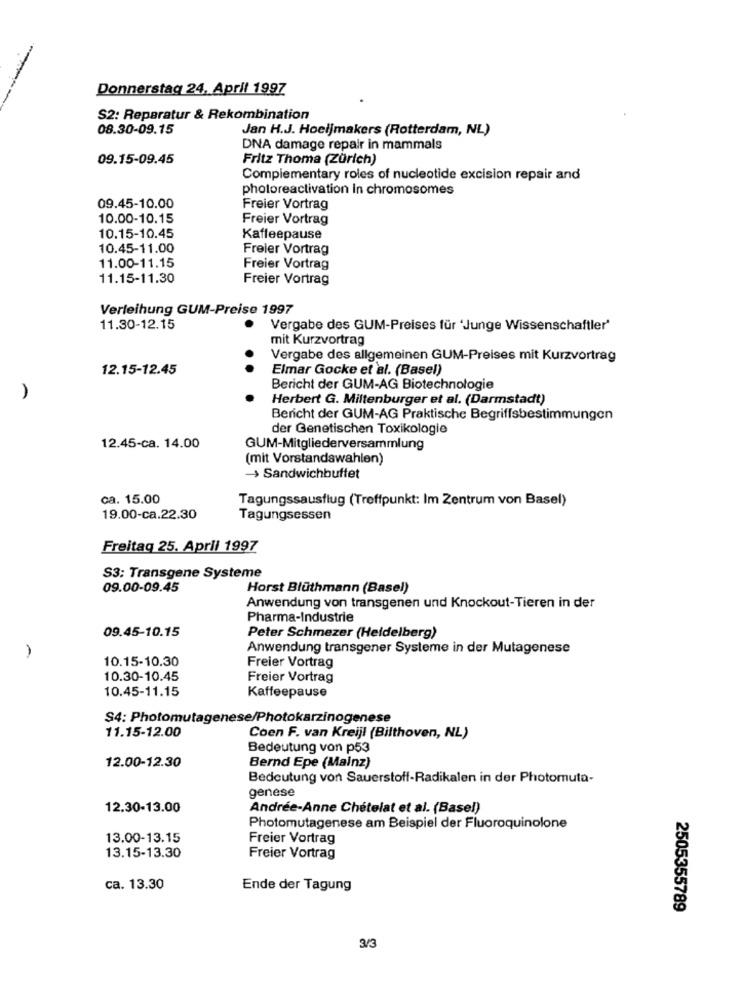
Donnerstag 24, April 1997
S2: Reparatur & Rekombination
08.30-09.15
Jan H.J. Hoeljmakers (Rotterdam, NL)
DNA damage repair in mammals
09.15-09.45
Fritz Thoma (Zürich)
Complementary roles of nucleotide excision repair and
photoreactivation In chromosomes
09.45-10.00
Freier Vortrag
10.00-10.15
Freier Vortrag
10.15-10.45
Kaffeepause
10.45-11.00
Freier Vortrag
11.00-11.15
Freier Vortrag
11.15-11.30
Freier Vortrag
Verleihung GUM-Preise 1997
11.30-12.15
Vergabe des GUM-Preises für 'Junge Wissenschaftler'
mit Kurzvortrag
Vergabe des allgemeinen GUM-Preises mit Kurzvortrag
12.15-12.45
Elmar Gocke et al. (Basel)
Bericht der GUM-AG Biotechnologie
Herbert G. Miltenburger et al. (Darmstadt)
Bericht der GUM-AG Praktische Begriffsbestimmungen
der Genetischen Toxikologie
12.45-ca. 14.00
GUM-Mitgliederversammlung
(mit Vorstandswahlen)
-> Sandwichbuffet
ca. 15.00
Tagungssausflug (Treffpunkt: Im Zentrum von Basel)
19.00-ca.22.30
Tagungsessen
Freitag 25. April 1997
S3: Transgene Systeme
09.00-09.45
Horst Blüthmann (Basel)
Anwendung von transgenen und Knockout-Tieren in der
Pharma-Industrie
09.45-10.15
Peter Schmezer (Heidelberg)
Anwendung transgener Systeme in der Mutagenese
10.15-10.30
Freier Vortrag
10.30-10.45
Freier Vortrag
10.45-11.15
Kaffeepause
S4: Photomutagenese/Photokarzinogenese
11.15-12.00
Coen F. van Kreijl (Bilthoven, NL)
Bedeutung von p53
12.00-12.30
Bernd Epe (Mainz)
Bedeutung von Sauerstoff-Radikalen in der Photomuta-
genese
12.30-13.00
Andrée-Anne Chételat et al. (Basel)
Photomutagenese am Beispiel der Fluoroquinolone
13.00-13.15
Freier Vortrag
13.15-13.30
Freier Vortrag
ca. 13.30
Ende der Tagung
2505355789
3/3